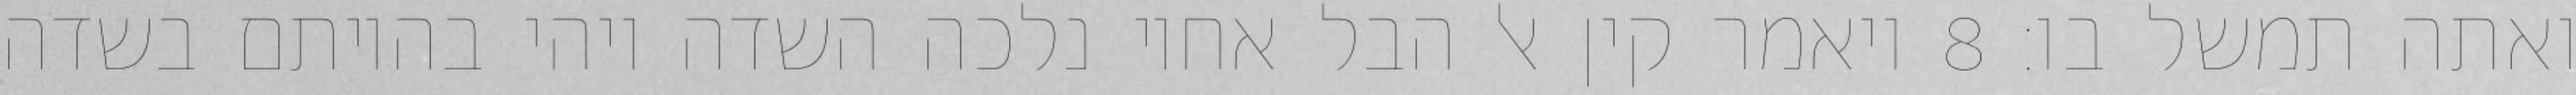
ואתה תמשל בו׃ ‎8‏ ויאמר קין אל הבל אחיו נלכה השדה ויהי בהיותם בשדה